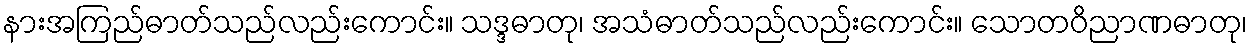
နားအကြည်ဓာတ်သည်လည်းကောင်း။ သဒ္ဒဓာတု၊ အသံဓာတ်သည်လည်းကောင်း။ သောတဝိညာဏဓာတု၊